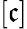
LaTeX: [\mathfrak{c}]